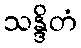
သန္ဒိတံ